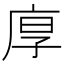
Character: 𢈲